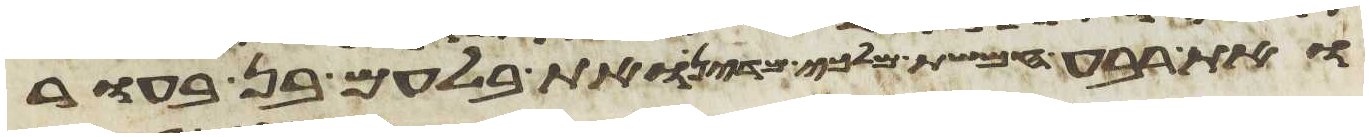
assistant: ואת רבע חמשת מלכי מדין ואת בלעם בן בעור